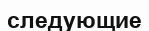
следующие